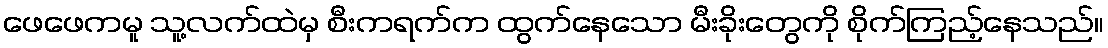
ဖေဖေကမူ သူ့လက်ထဲမှ စီးကရက်က ထွက်နေသော မီးခိုးတွေကို စိုက်ကြည့်နေသည်။